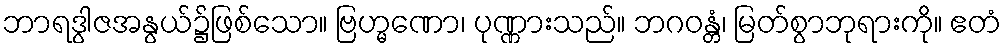
ဘာရဒွါဇအနွယ်၌ဖြစ်သော။ ဗြဟ္မဏော၊ ပုဏ္ဏားသည်။ ဘဂဝန္တံ၊ မြတ်စွာဘုရားကို။ ဧတံ